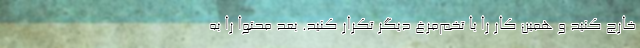
خارج کنید و همین کار را با تخم‌مرغ دیگر تکرار کنید. بعد محتوا را به